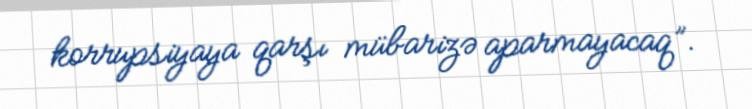
korrupsiyaya qarşı mübarizə aparmayacaq”.